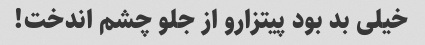
خیلی بد بود پیتزارو از جلو چشم اندخت!